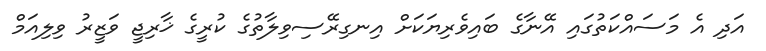
އަދި އެ މަސައްކަތުގައި އޭނާގެ ބައިވެރިޔަކަށް އިނގިރޭސިވިލާތުގެ ކުރީގެ ޚާރިޖީ ވަޒީރު ވިލިއަމް